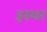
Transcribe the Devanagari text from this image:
इस्थर